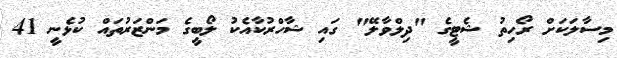
މިސާލަކަށް ރޯހިތު ޝެޓީގެ "ދިލްވާލޭ" ގައި ޝާހްރުކާއެކު ލޯބީގެ މަންޒަރުތައް ކުޅެނީ 41